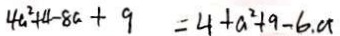
4 a ^ { 2 } + 4 - 8 a + 9 = 4 + a ^ { 2 } + 9 - 6 . a